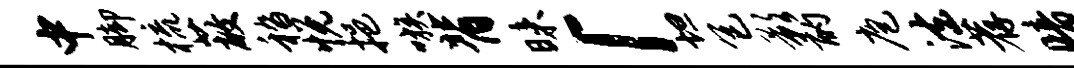
中脚梳蔽嵇悦挹嗾背昧「坦包影酌庖法荐暗